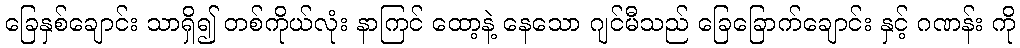
ခြေနှစ်ချောင်း သာရှိ၍ တစ်ကိုယ်လုံး နာကြင် ထော့နဲ့ နေသော ဂျင်မီသည် ခြေခြောက်ချောင်း နှင့် ဂဏန်း ကို